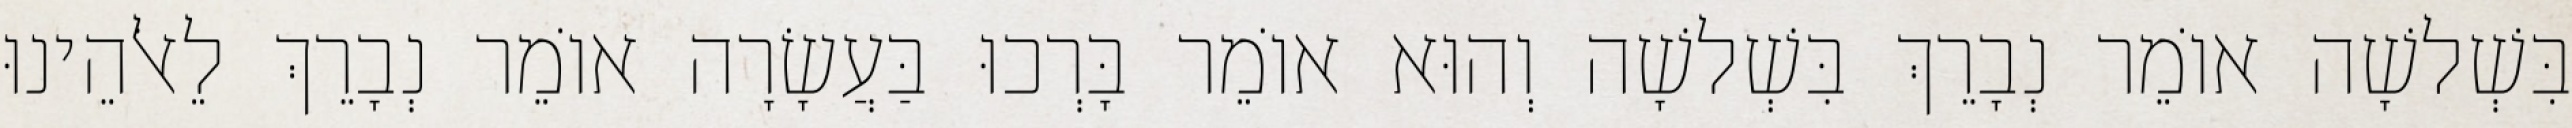
בִּשְׁלשָׁה אוֹמֵר נְבָרֵךְ בִּשְׁלשָׁה וְהוּא אוֹמֵר בָּרְכוּ בַּעֲשָׂרָה אוֹמֵר נְבָרֵךְ לֵאלֹהֵינוּ